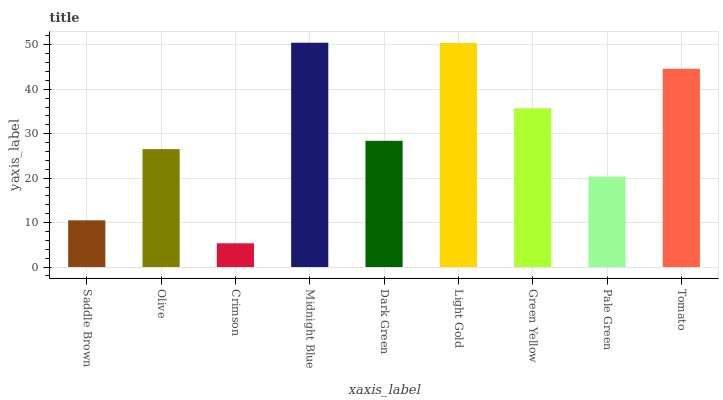
| xaxis_label | bars |
 | --- | --- |
 | Saddle Brown | 10.5 |
 | Olive | 26.5 |
 | Crimson | 5.34 |
 | Midnight Blue | 50.5 |
 | Dark Green | 28.4 |
 | Light Gold | 50.4 |
 | Green Yellow | 35.7 |
 | Pale Green | 20.4 |
 | Tomato | 44.6 |